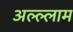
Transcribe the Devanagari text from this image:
अल्ल्लाम